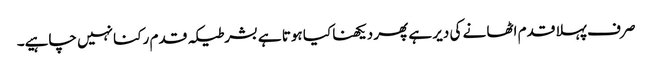
صر ف پہلا قدم اٹھا نے کی دیر ہے پھر دیکھنا کیا ہوتا ہے بشرطیکہ قدم رکنا نہیں چاہیے۔